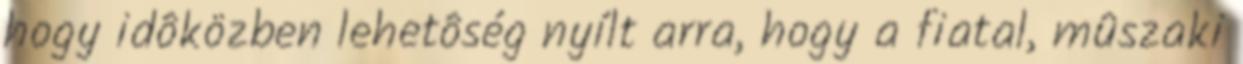
hogy idôközben lehetôség nyílt arra, hogy a fiatal, mûszaki